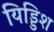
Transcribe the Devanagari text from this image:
यिड्डिश